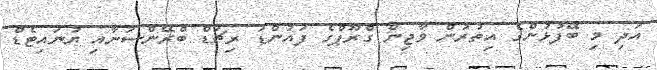
އަދި މި ބޭފުޅުންގެ އިތުރުން ވާޖިން ގްރޫޕްގެ ފައުންޑަ ރިޗަޑް ބްރޭންސަނާއި ޔުނައިޓެޑް